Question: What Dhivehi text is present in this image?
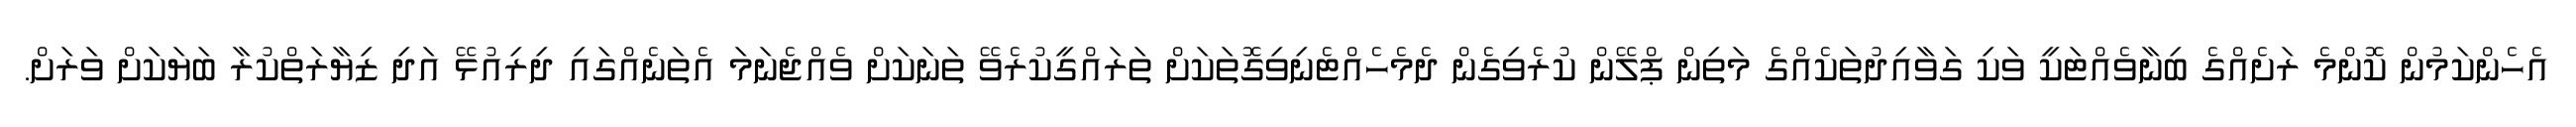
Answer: އެހެންކަމުން ކޮންމެ ރަށެއްގެ ބިނާވެއްޓަކީ ވަކި ގަވާއިދުތަކެއްގެ މަތިން ޕްލޭން ކުރެވިގެން ދެމެހެއްޓެނިވިގޮތަކަށް ތަރައްގީކުރެވޭ ތަނަކަށް ވެއްޖެނަމަ އެތަނެއްގައި ދިރިއުޅޭ އަދި ޒިޔާރަތްކުރާ ބަޔަކަށް ވަރަށް.